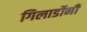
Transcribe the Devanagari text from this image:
गिलार्डोनी